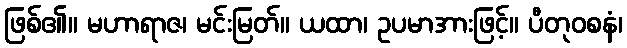
ဖြစ်၏။ မဟာရာဇ၊ မင်းမြတ်။ ယထာ၊ ဥပမာအားဖြင့်။ ပီတုဝစနံ၊